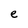
Character: e